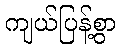
ကျယ်ပြန့်စွာ